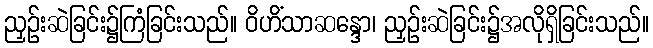
ညှဉ်းဆဲခြင်း၌ကြံခြင်းသည်။ ဝိဟိံသာဆန္ဒော၊ ညှဉ်းဆဲခြင်း၌အလိုရှိခြင်းသည်။